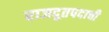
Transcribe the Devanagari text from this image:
राजदूतपदाची